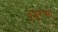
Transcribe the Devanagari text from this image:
तृशुरच्या